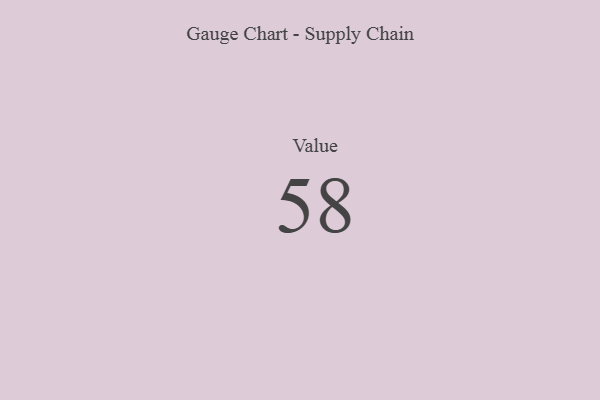
{"axis": {"x": "Metric", "y": "Value"}, "legend": [""], "data": [{"x": "Value", "y": 58, "type": ""}]}